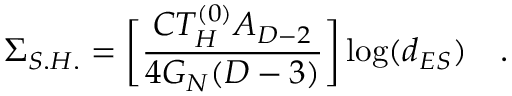
\Sigma _ { S . H . } = \biggl [ \frac { C T _ { H } ^ { ( 0 ) } A _ { D - 2 } } { 4 G _ { N } ( D - 3 ) } \biggr ] \log ( d _ { E S } ) \quad .